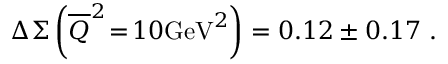
\Delta \Sigma \left( \overline { { Q } } ^ { 2 } \! = \! 1 0 \mathrm { G e V } ^ { 2 } \right) = 0 . 1 2 \pm 0 . 1 7 \ .